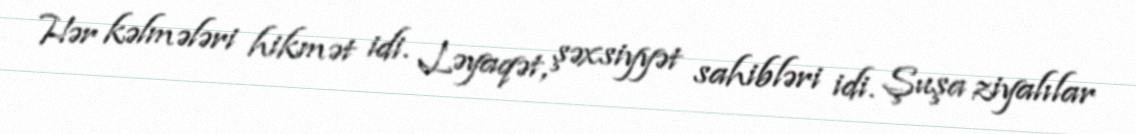
Hər kəlmələri hikmət idi. Ləyaqət, şəxsiyyət sahibləri idi. Şuşa ziyalılar